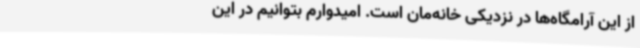
از این آرامگاه‌ها در نزدیکی خانه‌مان است. امیدوارم بتوانیم در این